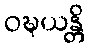
ဝဍ္ဎယန္တိ